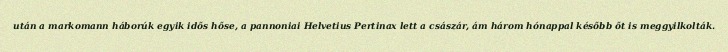
után a markomann háborúk egyik idős hőse, a pannoniai Helvetius Pertinax lett a császár, ám három hónappal később őt is meggyilkolták.